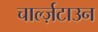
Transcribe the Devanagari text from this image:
चार्ल्ज़टाउन